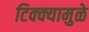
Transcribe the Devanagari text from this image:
टिक्क्यामुळे